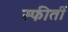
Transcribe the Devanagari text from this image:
स्फीर्ती